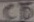
Text: CD